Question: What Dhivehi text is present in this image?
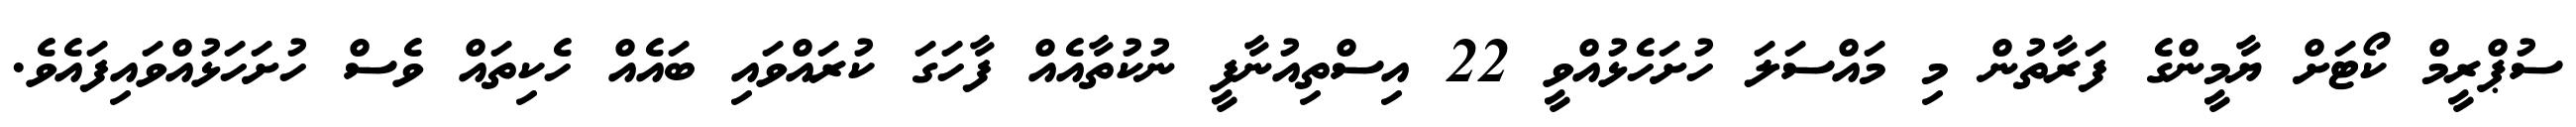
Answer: ސުޕްރީމް ކޯޓަށް ޔާމީންގެ ފަރާތުން މި މައްސަލަ ހުށަހެޅުއްވީ 22 އިސްތިއުނާފީ ނުކުތާއެއް ފާހަގަ ކުރައްވައި ބައެއް ހެކިތައް ވެސް ހުށަހަޅުއްވައިފައެވެ.